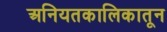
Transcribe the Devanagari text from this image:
अनियतकालिकातून